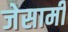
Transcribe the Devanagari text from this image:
जेसामी